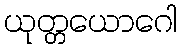
ယုတ္တယောဂေါ